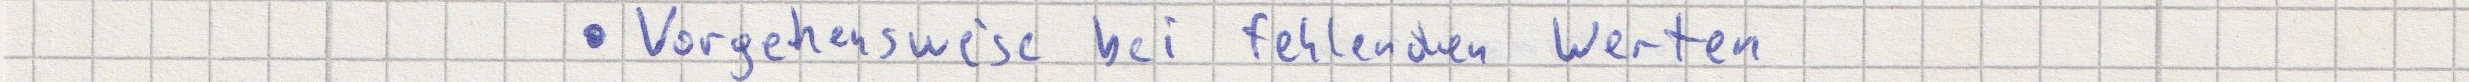
- Vorgehensweise bei fehlenden Werten